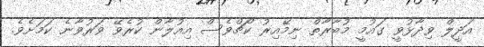
އަދީލް ވިދާޅުވީ ގައުމީ މުބާރާތް ނިމޭއިރު ކޯޗްވެސް އިއުލާން ކުރެވޭ ވަރުވާނެ ކަމަށެވެ.